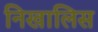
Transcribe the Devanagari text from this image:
निखालिस